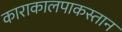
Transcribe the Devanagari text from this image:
काराकालपाकस्तान